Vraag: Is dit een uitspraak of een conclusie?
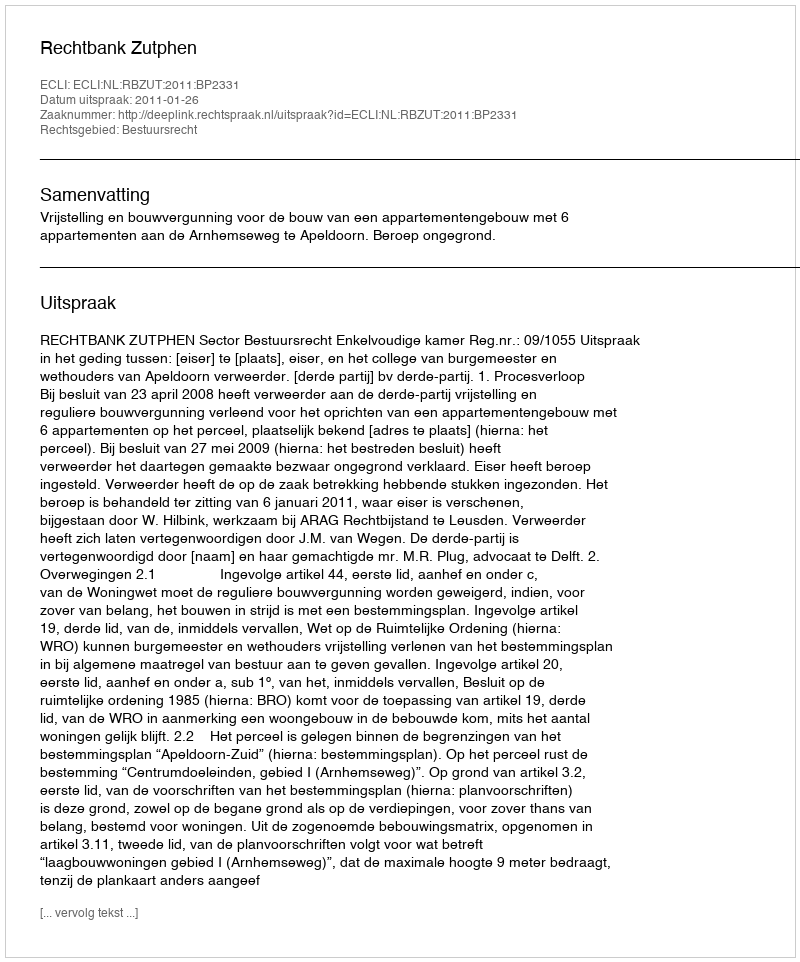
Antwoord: Uitspraak